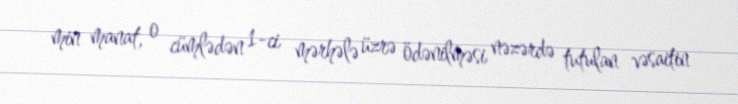
min manat, o cümlədən 1-ci mərhələ üzrə ödənilməsi nəzərdə tutulan vəsaitin